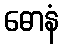
ဓောနံ